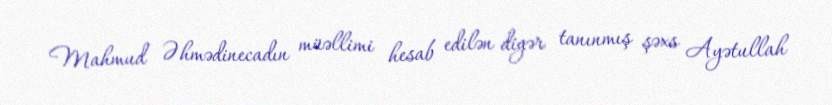
Mahmud Əhmədinecadın müəllimi hesab edilən digər tanınmış şəxs Ayətullah